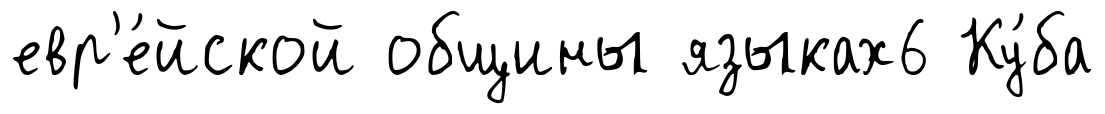
евр'е́йской общины языках6 Ку́ба